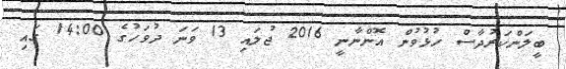
ބީލަންކަރުދާސް ހުޅުވުން އޮންނާނީ 2016 ޖުލައި 13 ވަނަ ދުވަހުގެ 14:00 ގައި